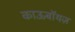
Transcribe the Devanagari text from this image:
काऊबॉयज़